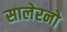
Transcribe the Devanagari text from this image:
सालेरनो